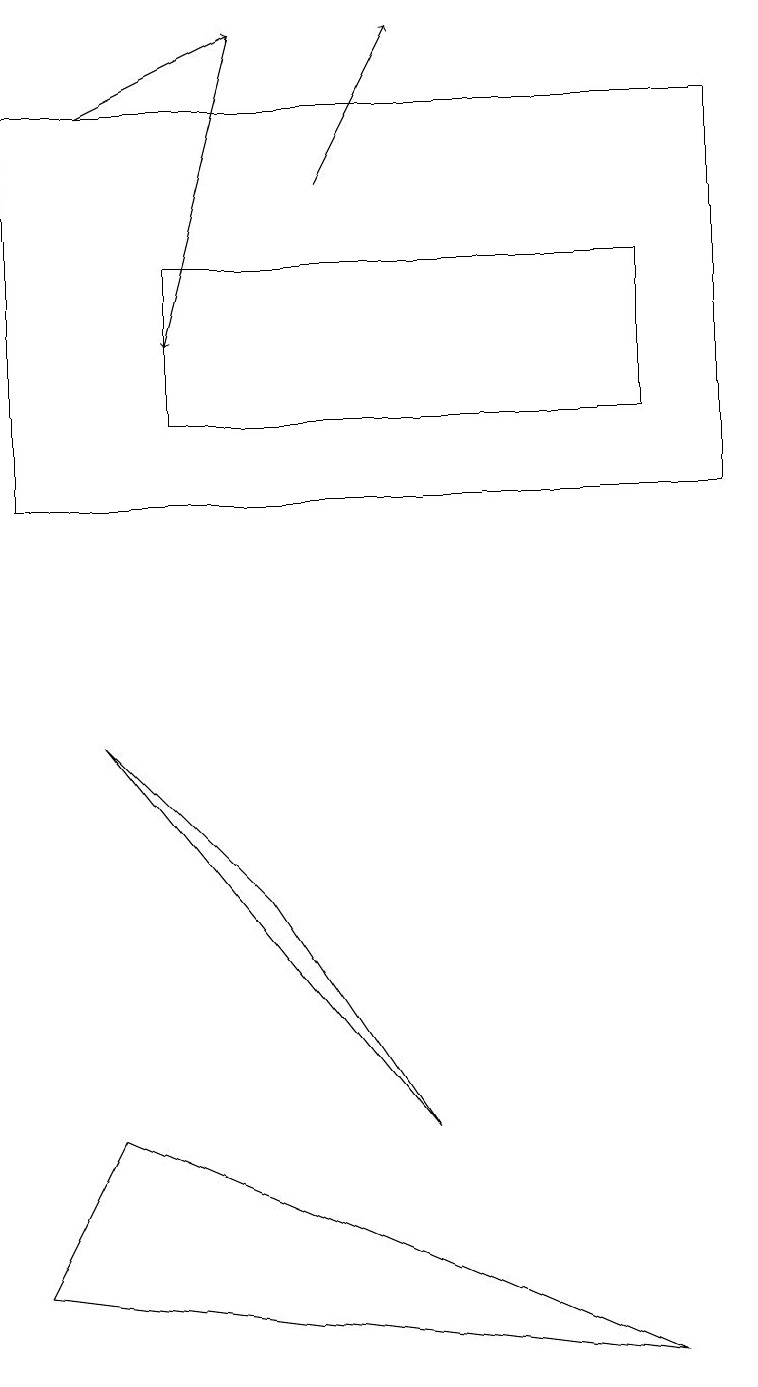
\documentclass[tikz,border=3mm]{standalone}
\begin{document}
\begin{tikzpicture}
\draw (0,17) rectangle (9,12);
\draw (3,7) -- (1,9) -- (5,4) -- cycle;
\draw[->] (1,17) -- (3,18);
\draw (8,13) rectangle (2,15);
\draw (0,2) -- (8,1) -- (1,4) -- cycle;
\draw[->] (3,18) -- (2,14);
\draw[->] (4,16) -- (5,18);
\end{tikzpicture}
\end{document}